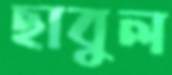
ছাবুল